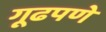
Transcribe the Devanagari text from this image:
गूढपणे